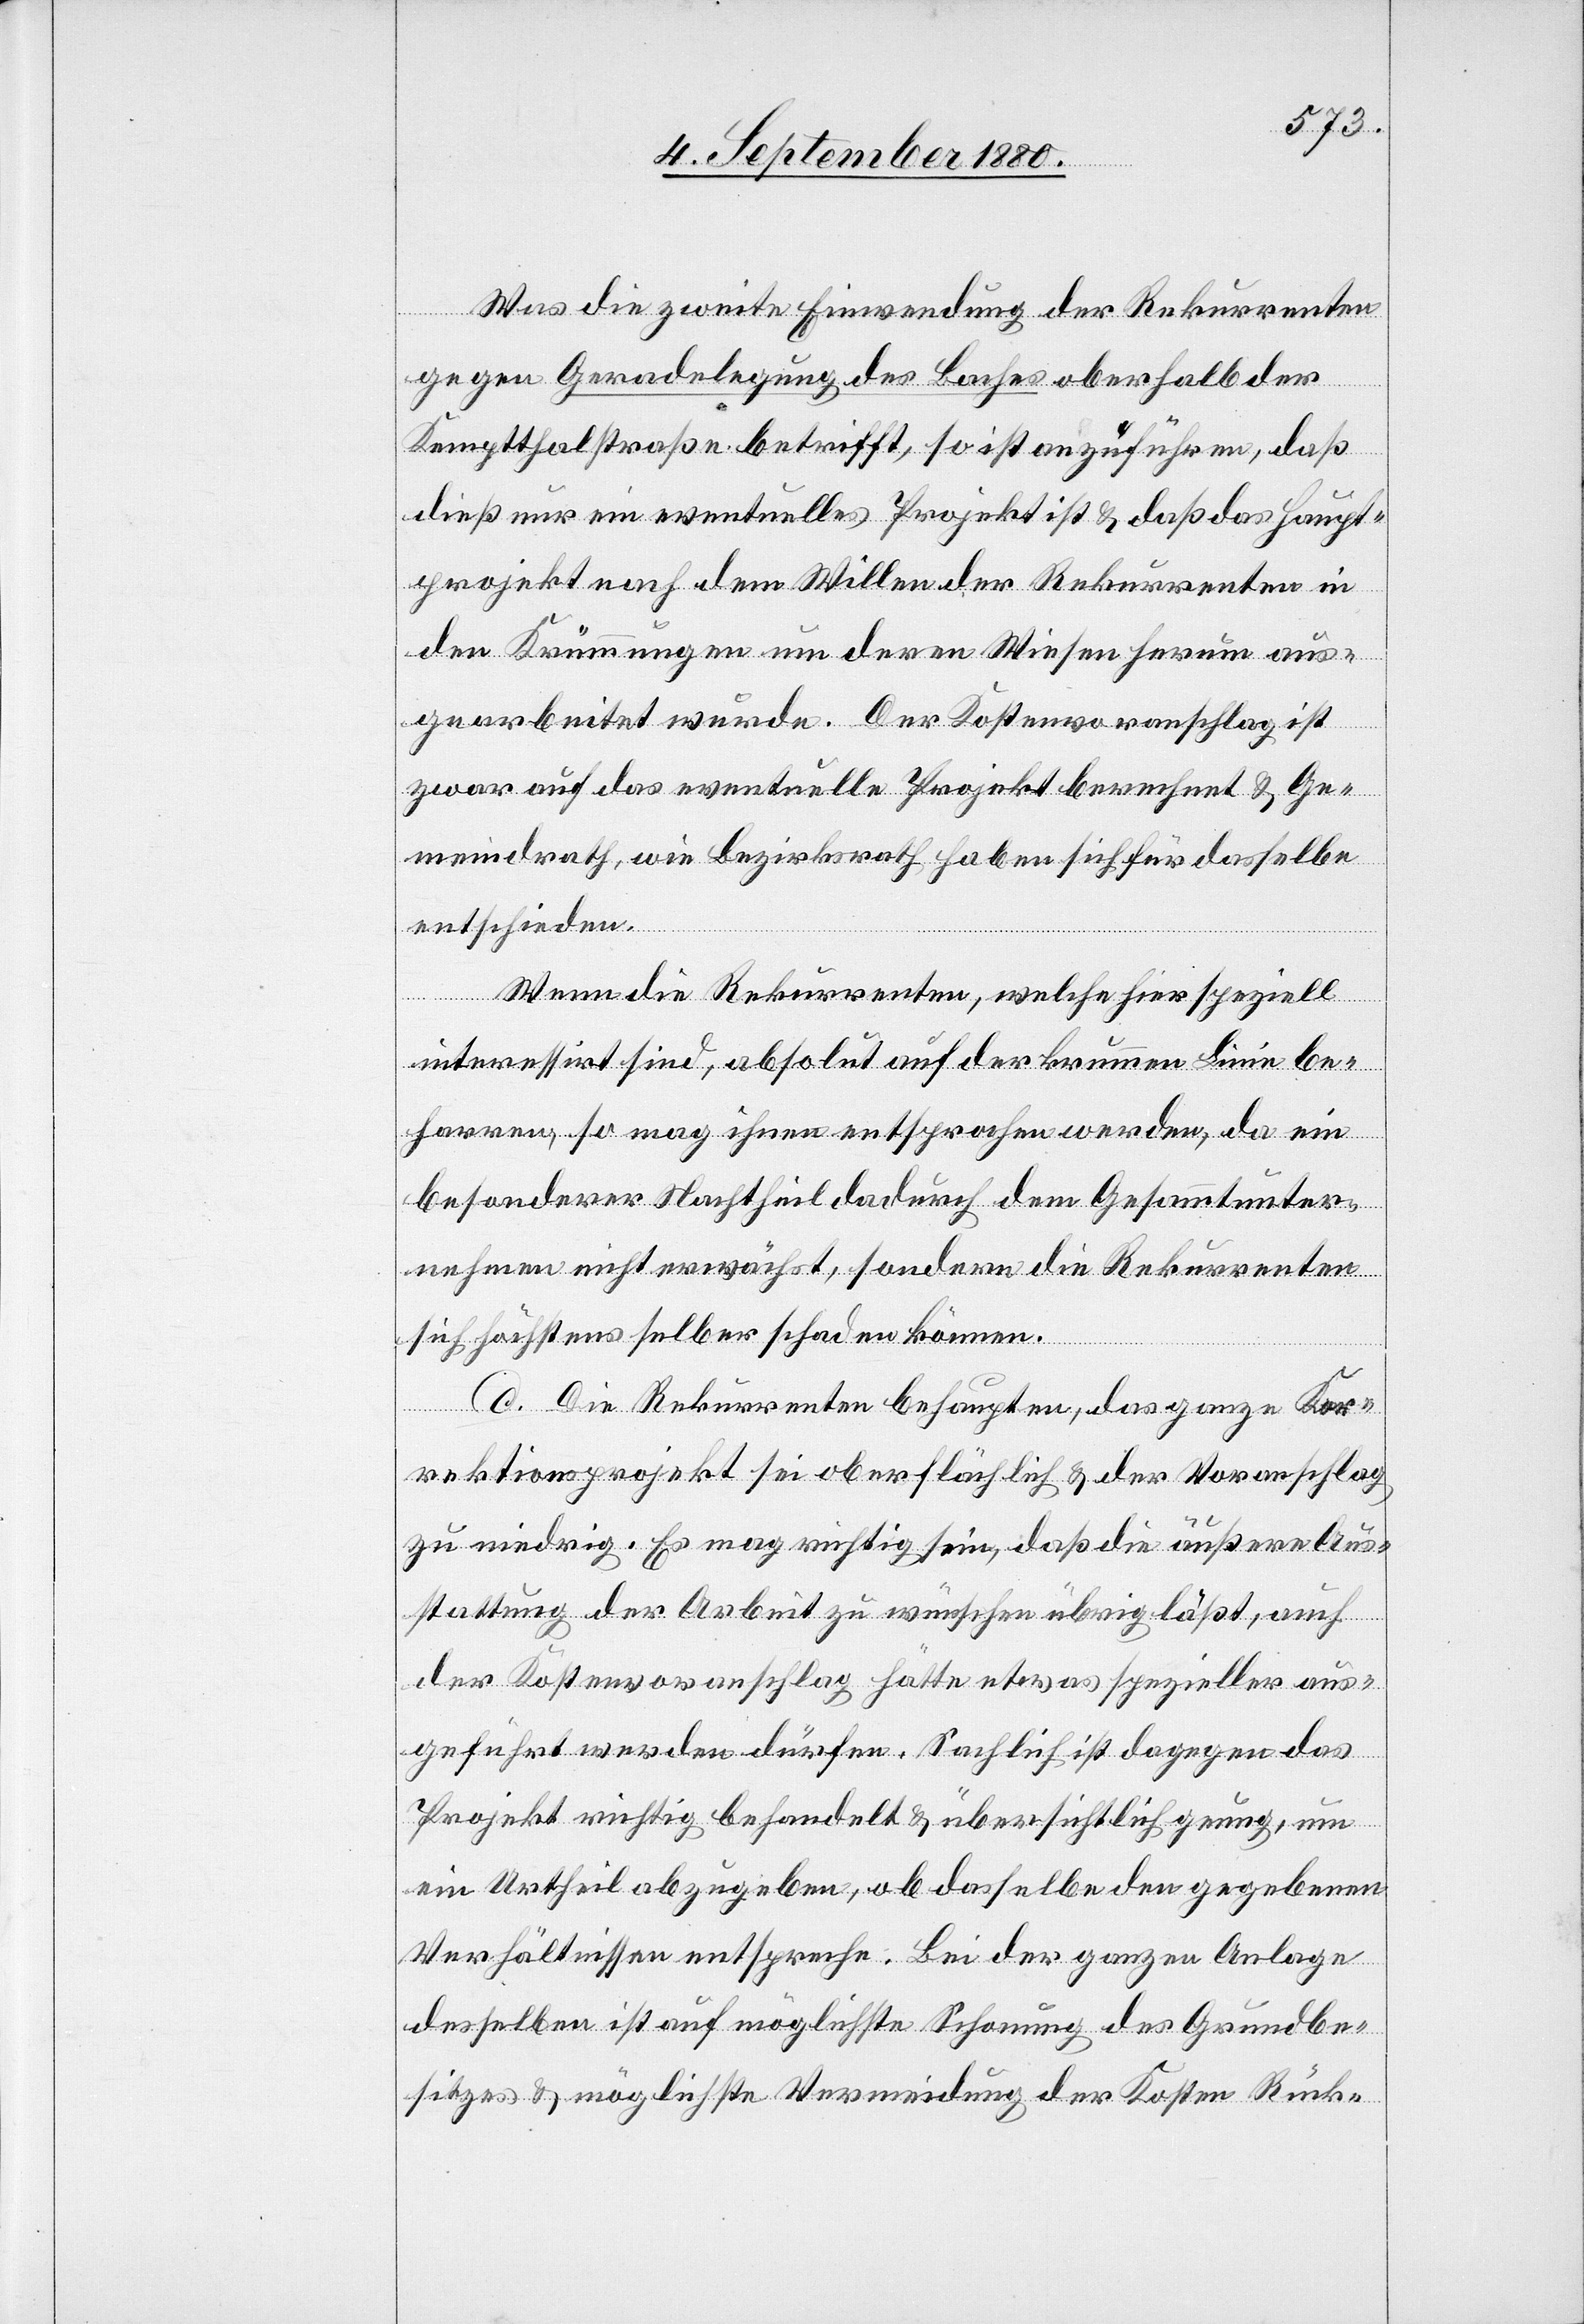
Was die zweite Einwendung der Rekurrenten
gegen Geradelegung des Baches oberhalb der
u] be¬
Kempthalstraße betrifft, so ist anzuführen, daß
dieß nur ein eventuelles Projekt ist & daß das Haupt¬
projekt nach dem Willen der Rekurrenten in
den Krümmungen um deren Wiesen herum aus¬
gearbeitet wurde. Der Kostenvoranschlag ist
zwar auf das eventuelle Projekt berechnet & Ge¬
meindrath, wie Bezirksrath haben sich für dasselbe
entschieden.
Wenn die Rekurrenten, welche hier speziell
interessiert sind, absolut auf der krummen Linie [z¬
harren, so mag ihnen entsprochen werden, da ein
besonderer Nachtheil dadurch dem Gesammtunter¬
nehmen nicht erwächst, sondern die Rekurrenten
sich höchstens selber schaden können.
d. Die Rekurrenten behaupten, das ganze Kor¬
rektionsprojekt sei oberflächlich & der Voranschlag
zu niedrig. Es mag richtig sein, daß die äußere Aus¬
stattung der Arbeit zu wünschen übrig läßt, auch
der Kostenvoranschlag hätte etwas spezieller aus¬
geführt werden dürfen. Sachlich ist dagegen das
Projekt richtig behandelt & übersichtlich genug, um
ein Urtheil abzugeben, ob dasselbe den gegebenen
Verhältnissen entspreche. Bei der ganzen Anlage
desselben ist auf möglichste Schonung des Grundbe¬
sitzes & möglichste Vermeidung der Kosten Rück-